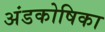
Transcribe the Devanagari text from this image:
अंडकोषिका